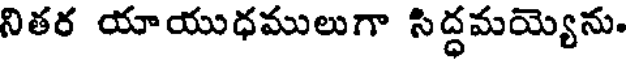
నితర యాయుధములుగా సిద్ధమయ్యెను.